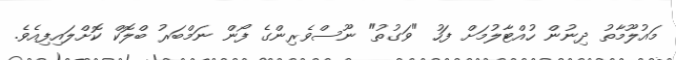
މައުލޫމާތު ދިނުން ހުއްޓާލުމަށް ފަހު "ވަގުތު" ނޫސްވެރިންގެ ފޯން ނަމްބަރު ބްލޮކް ކޮށްލައިފިއެވެ.